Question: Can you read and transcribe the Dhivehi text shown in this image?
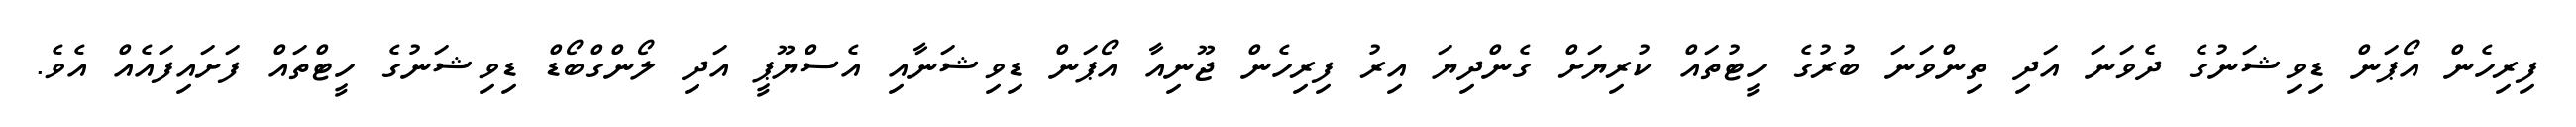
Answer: ފިރިހެން އޯޕަން ޑިވިޝަނުގެ ދެވަނަ އަދި ތިންވަނަ ބުރުގެ ހީޓުތައް ކުރިޔަށް ގެންދިޔަ އިރު ފިރިހެން ޖޫނިއާ އޯޕަން ޑިވިޝަނާއި އެސްޔޫޕީ އަދި ލޯންގްބޯޑް ޑިވިޝަނުގެ ހީޓްތައް ފަށައިފައެއް އެވެ.